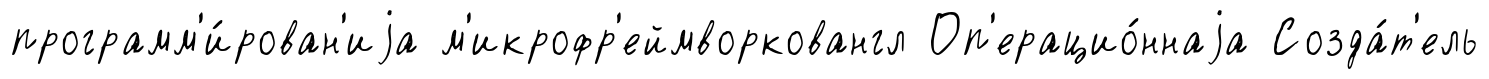
программ'и́рован'иjа м'икрофр'еймворковангл Оп'ерацио́ннаjа Созда́т'ель